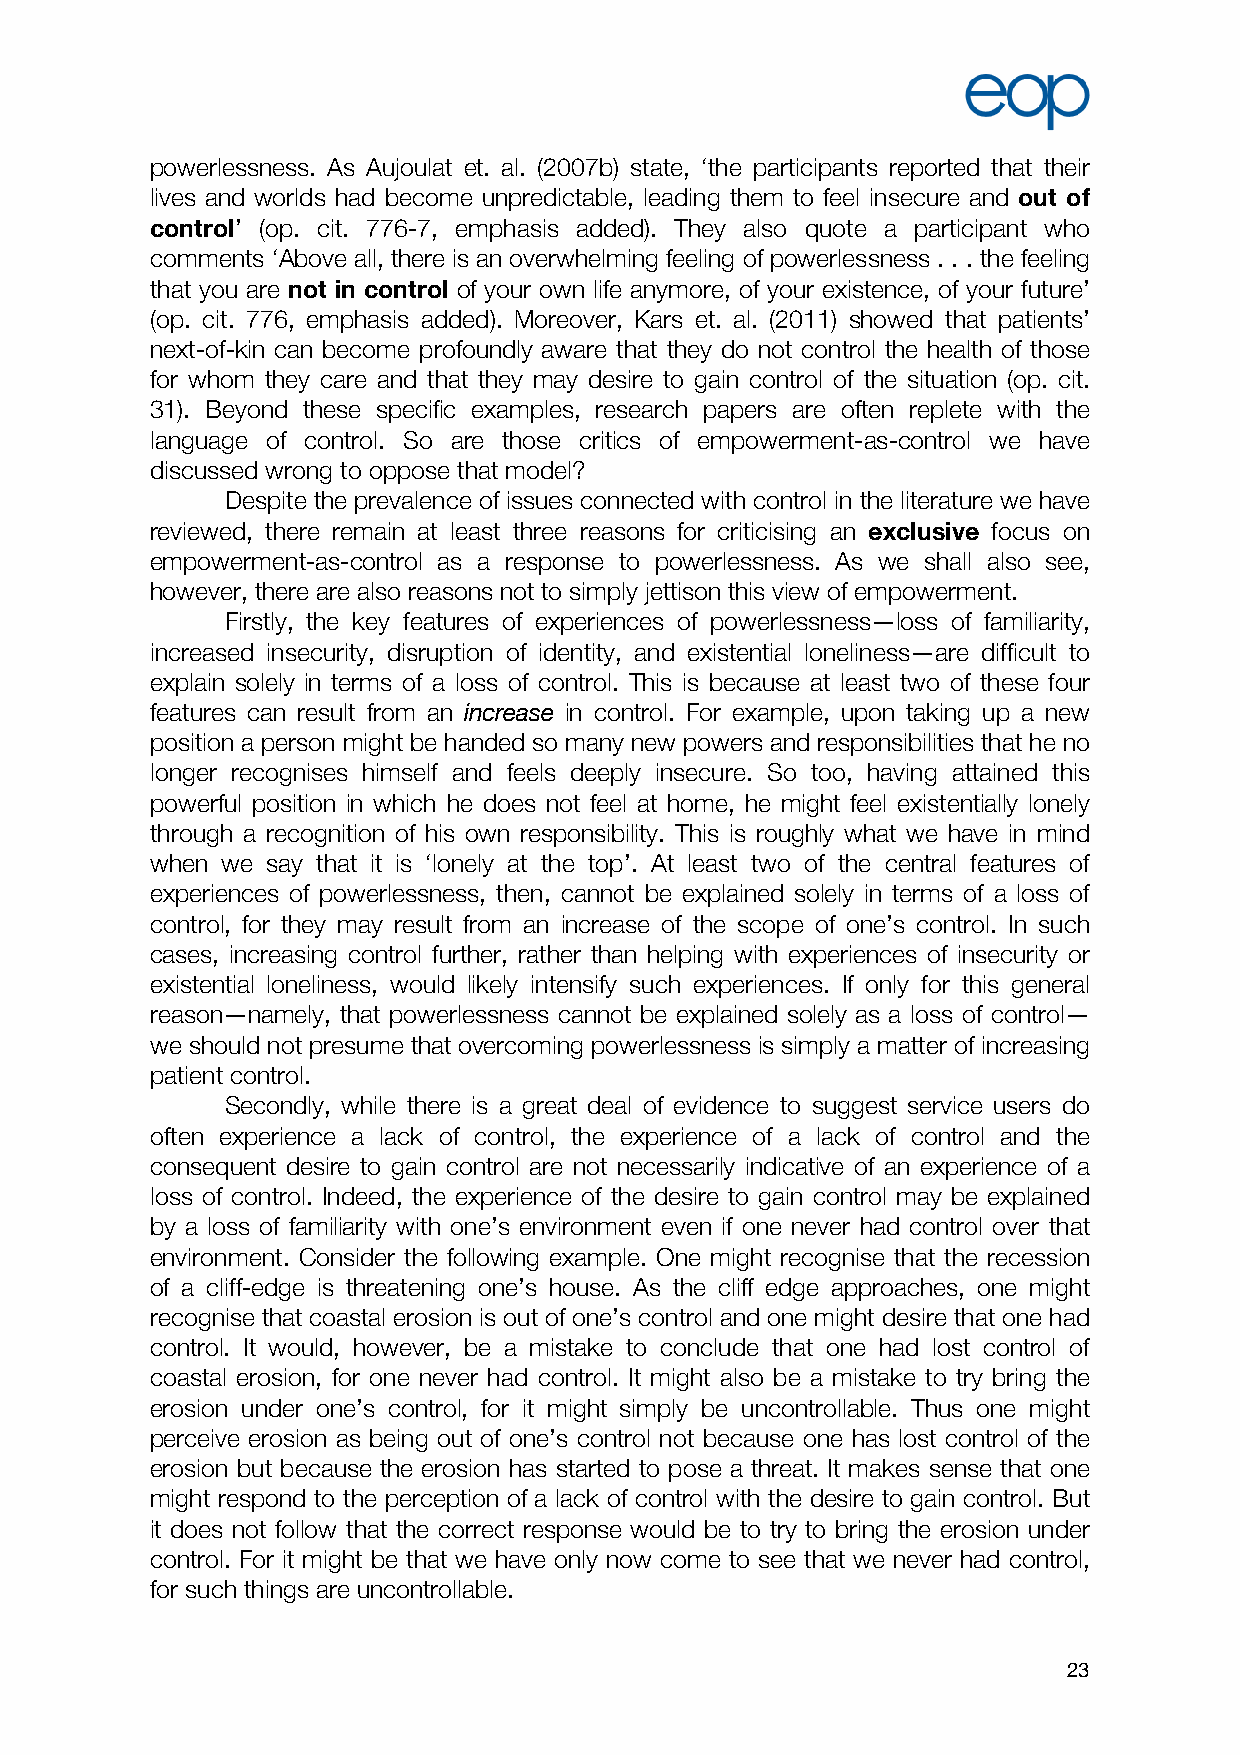
powerlessness. As Aujoulat et. al. (2007b) state, ‘the participants reported that their
 lives and worlds had become unpredictable, leading them to feel insecure and out of
 control’ (op. cit. 776-7, emphasis added). They also quote a participant who
 comments ‘Above all, there is an overwhelming feeling of powerlessness . . . the feeling
 that you are not in control of your own life anymore, of your existence, of your future’
 (op. cit. 776, emphasis added). Moreover, Kars et. al. (2011) showed that patients’
 next-of-kin can become profoundly aware that they do not control the health of those
 for whom they care and that they may desire to gain control of the situation (op. cit.
 31). Beyond these specific examples, research papers are often replete with the
 language of control. So are those critics of empowerment-as-control we have
 discussed wrong to oppose that model?
 Despite the prevalence of issues connected with control in the literature we have
 reviewed, there remain at least three reasons for criticising an exclusive focus on
 empowerment-as-control as a response to powerlessness. As we shall also see,
 however, there are also reasons not to simply jettison this view of empowerment.
 Firstly, the key features of experiences of powerlessness—loss of familiarity,
 increased insecurity, disruption of identity, and existential loneliness—are difficult to
 explain solely in terms of a loss of control. This is because at least two of these four
 features can result from an increase in control. For example, upon taking up a new
 position a person might be handed so many new powers and responsibilities that he no
 longer recognises himself and feels deeply insecure. So too, having attained this
 powerful position in which he does not feel at home, he might feel existentially lonely
 through a recognition of his own responsibility. This is roughly what we have in mind
 when we say that it is ‘lonely at the top’. At least two of the central features of
 experiences of powerlessness, then, cannot be explained solely in terms of a loss of
 control, for they may result from an increase of the scope of one’s control. In such
 cases, increasing control further, rather than helping with experiences of insecurity or
 existential loneliness, would likely intensify such experiences. If only for this general
 reason—namely, that powerlessness cannot be explained solely as a loss of control—
 we should not presume that overcoming powerlessness is simply a matter of increasing
 patient control.
 Secondly, while there is a great deal of evidence to suggest service users do
 often experience a lack of control, the experience of a lack of control and the
 consequent desire to gain control are not necessarily indicative of an experience of a
 loss of control. Indeed, the experience of the desire to gain control may be explained
 by a loss of familiarity with one’s environment even if one never had control over that
 environment. Consider the following example. One might recognise that the recession
 of a cliff-edge is threatening one’s house. As the cliff edge approaches, one might
 recognise that coastal erosion is out of one’s control and one might desire that one had
 control. It would, however, be a mistake to conclude that one had lost control of
 coastal erosion, for one never had control. It might also be a mistake to try bring the
 erosion under one’s control, for it might simply be uncontrollable. Thus one might
 perceive erosion as being out of one’s control not because one has lost control of the
 erosion but because the erosion has started to pose a threat. It makes sense that one
 might respond to the perception of a lack of control with the desire to gain control. But
 it does not follow that the correct response would be to try to bring the erosion under
 control. For it might be that we have only now come to see that we never had control,
 for such things are uncontrollable.
 23